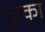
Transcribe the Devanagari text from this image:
फुका